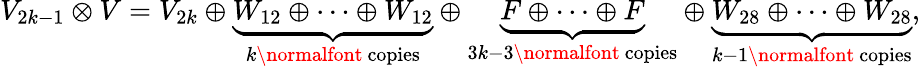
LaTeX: V_{2k-1}\otimes V=V_{2k}\oplus\underbrace{W_{12}\oplus\cdots\oplus W_{12}}_{k\mathrm{\normalfont\ copies}}\oplus\underbrace{F\oplus\cdots\oplus F}_{3k-3\mathrm{\normalfont\ copies}}\oplus\underbrace{W_{28}\oplus\cdots\oplus W_{28}}_{k-1\mathrm{\normalfont\ copies}},